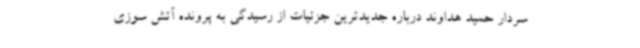
سردار حمید هداوند درباره جدیدترین جزئیات از رسیدگی به پرونده آتش سوزی